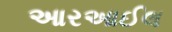
આરઆઈલ